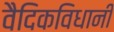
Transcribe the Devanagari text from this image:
वैदिकविधानीं